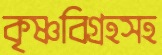
কৃষ্ণবিগ্রহসহ